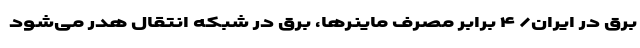
برق در ایران/ ۴ برابر مصرف ماینرها، برق در شبکه انتقال هدر می‌شود